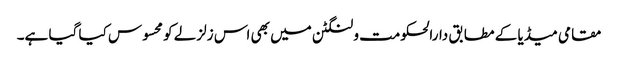
مقامی میڈیا کے مطابق دارالحکومت ولنگٹن میں بھی اس زلزلے کو محسوس کیا گیا ہے۔